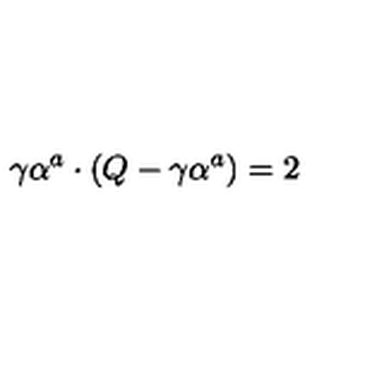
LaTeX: \gamma \alpha ^ { a } \cdot ( Q - \gamma \alpha ^ { a } ) = 2 \qquad